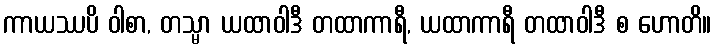
ကာယဿပိ ဝါစာ, တသ္မာ ယထာဝါဒီ တထာကာရီ, ယထာကာရီ တထာဝါဒီ စ ဟောတိ။